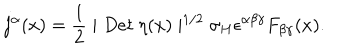
j ^ { \alpha } ( x ) = \frac 1 2 \mid D e t \ \eta ( x ) \mid ^ { 1 / 2 } \sigma _ { H } \epsilon ^ { \alpha \beta \gamma } F _ { \beta \gamma } ( x ) .